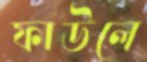
ফাউলে